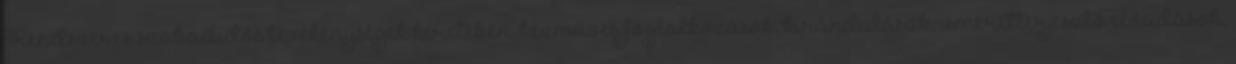
Rendszeres szabadidős tevékenységek keretében, kézműves foglalkozások, kirándulások, ismeretterjesztő előadások,